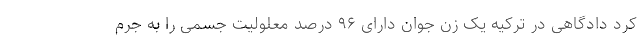
کرد دادگاهی در ترکیه یک زن جوان دارای ۹۶ درصد معلولیت جسمی را به جرم